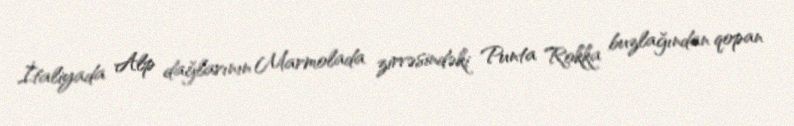
İtaliyada Alp dağlarının Marmolada zirvəsindəki Punta Rokka buzlağından qopan